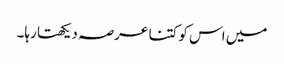
میں اس کو کتنا عرصہ دیکھتا رہا۔